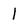
Character: l